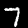
Digit: 7